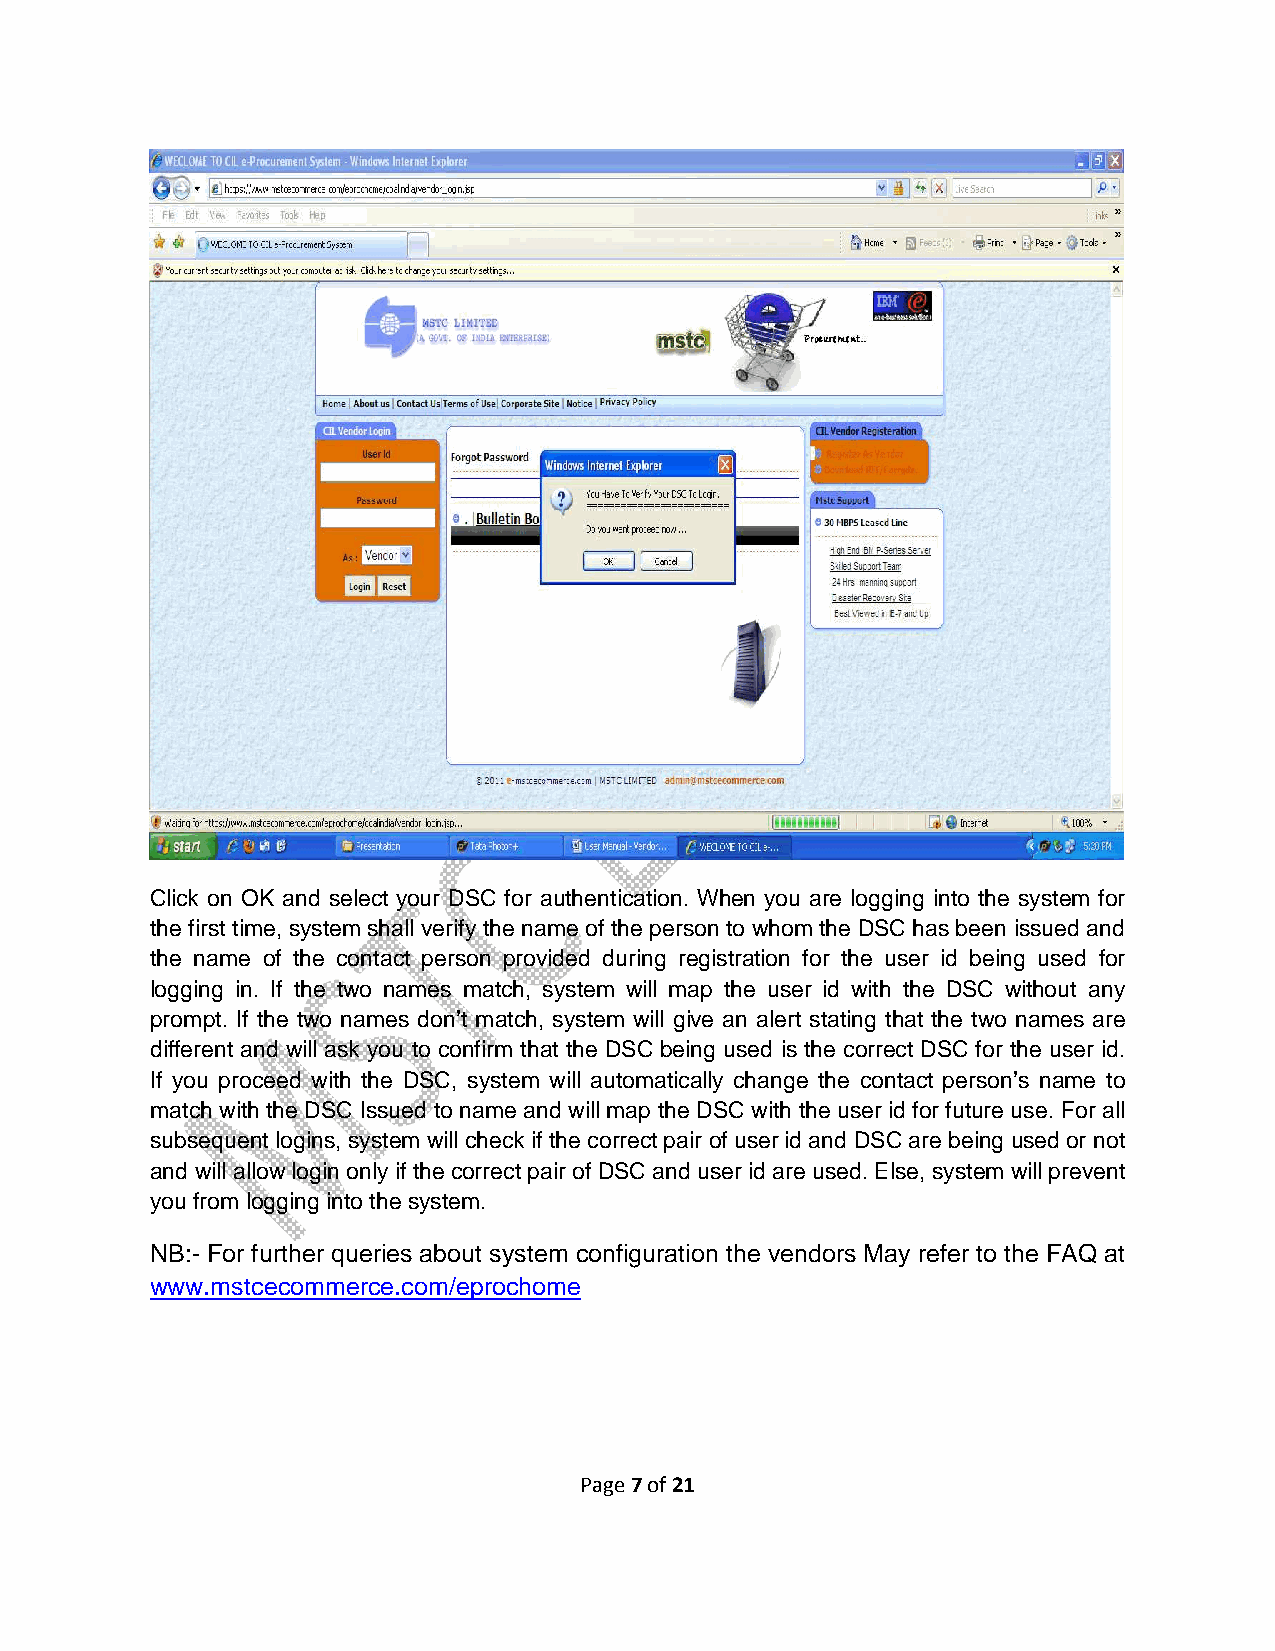
Click on OK and select your DSC for authentication. When you are logging into the system for
 the first time, system shall verify the name of the person to whom the DSC has been issued and
 the name of the contact person provided during registration for the user id being used for
 logging in. If the two names match, system will map the user id with the DSC without any
 prompt. If the two names don’t match, system will give an alert stating that the two names are
 different and will ask you to confirm that the DSC being used is the correct DSC for the user id.
 If you proceed with the DSC, system will automatically change the contact person’s name to
 match with the DSC Issued to name and will map the DSC with the user id for future use. For all
 subsequent logins, system will check if the correct pair of user id and DSC are being used or not
 and will allow login only if the correct pair of DSC and user id are used. Else, system will prevent
 you from logging into the system.
 NB:- For further queries about system configuration the vendors May refer to the FAQ at
 www.mstcecommerce.com/eprochome
 Page 7 of 21